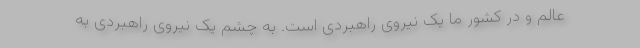
عالم و در کشور ما یک نیروی راهبردی است. به چشم یک نیروی راهبردی به